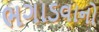
ભગાડવાનો